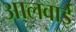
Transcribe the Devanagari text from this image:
आलवाई